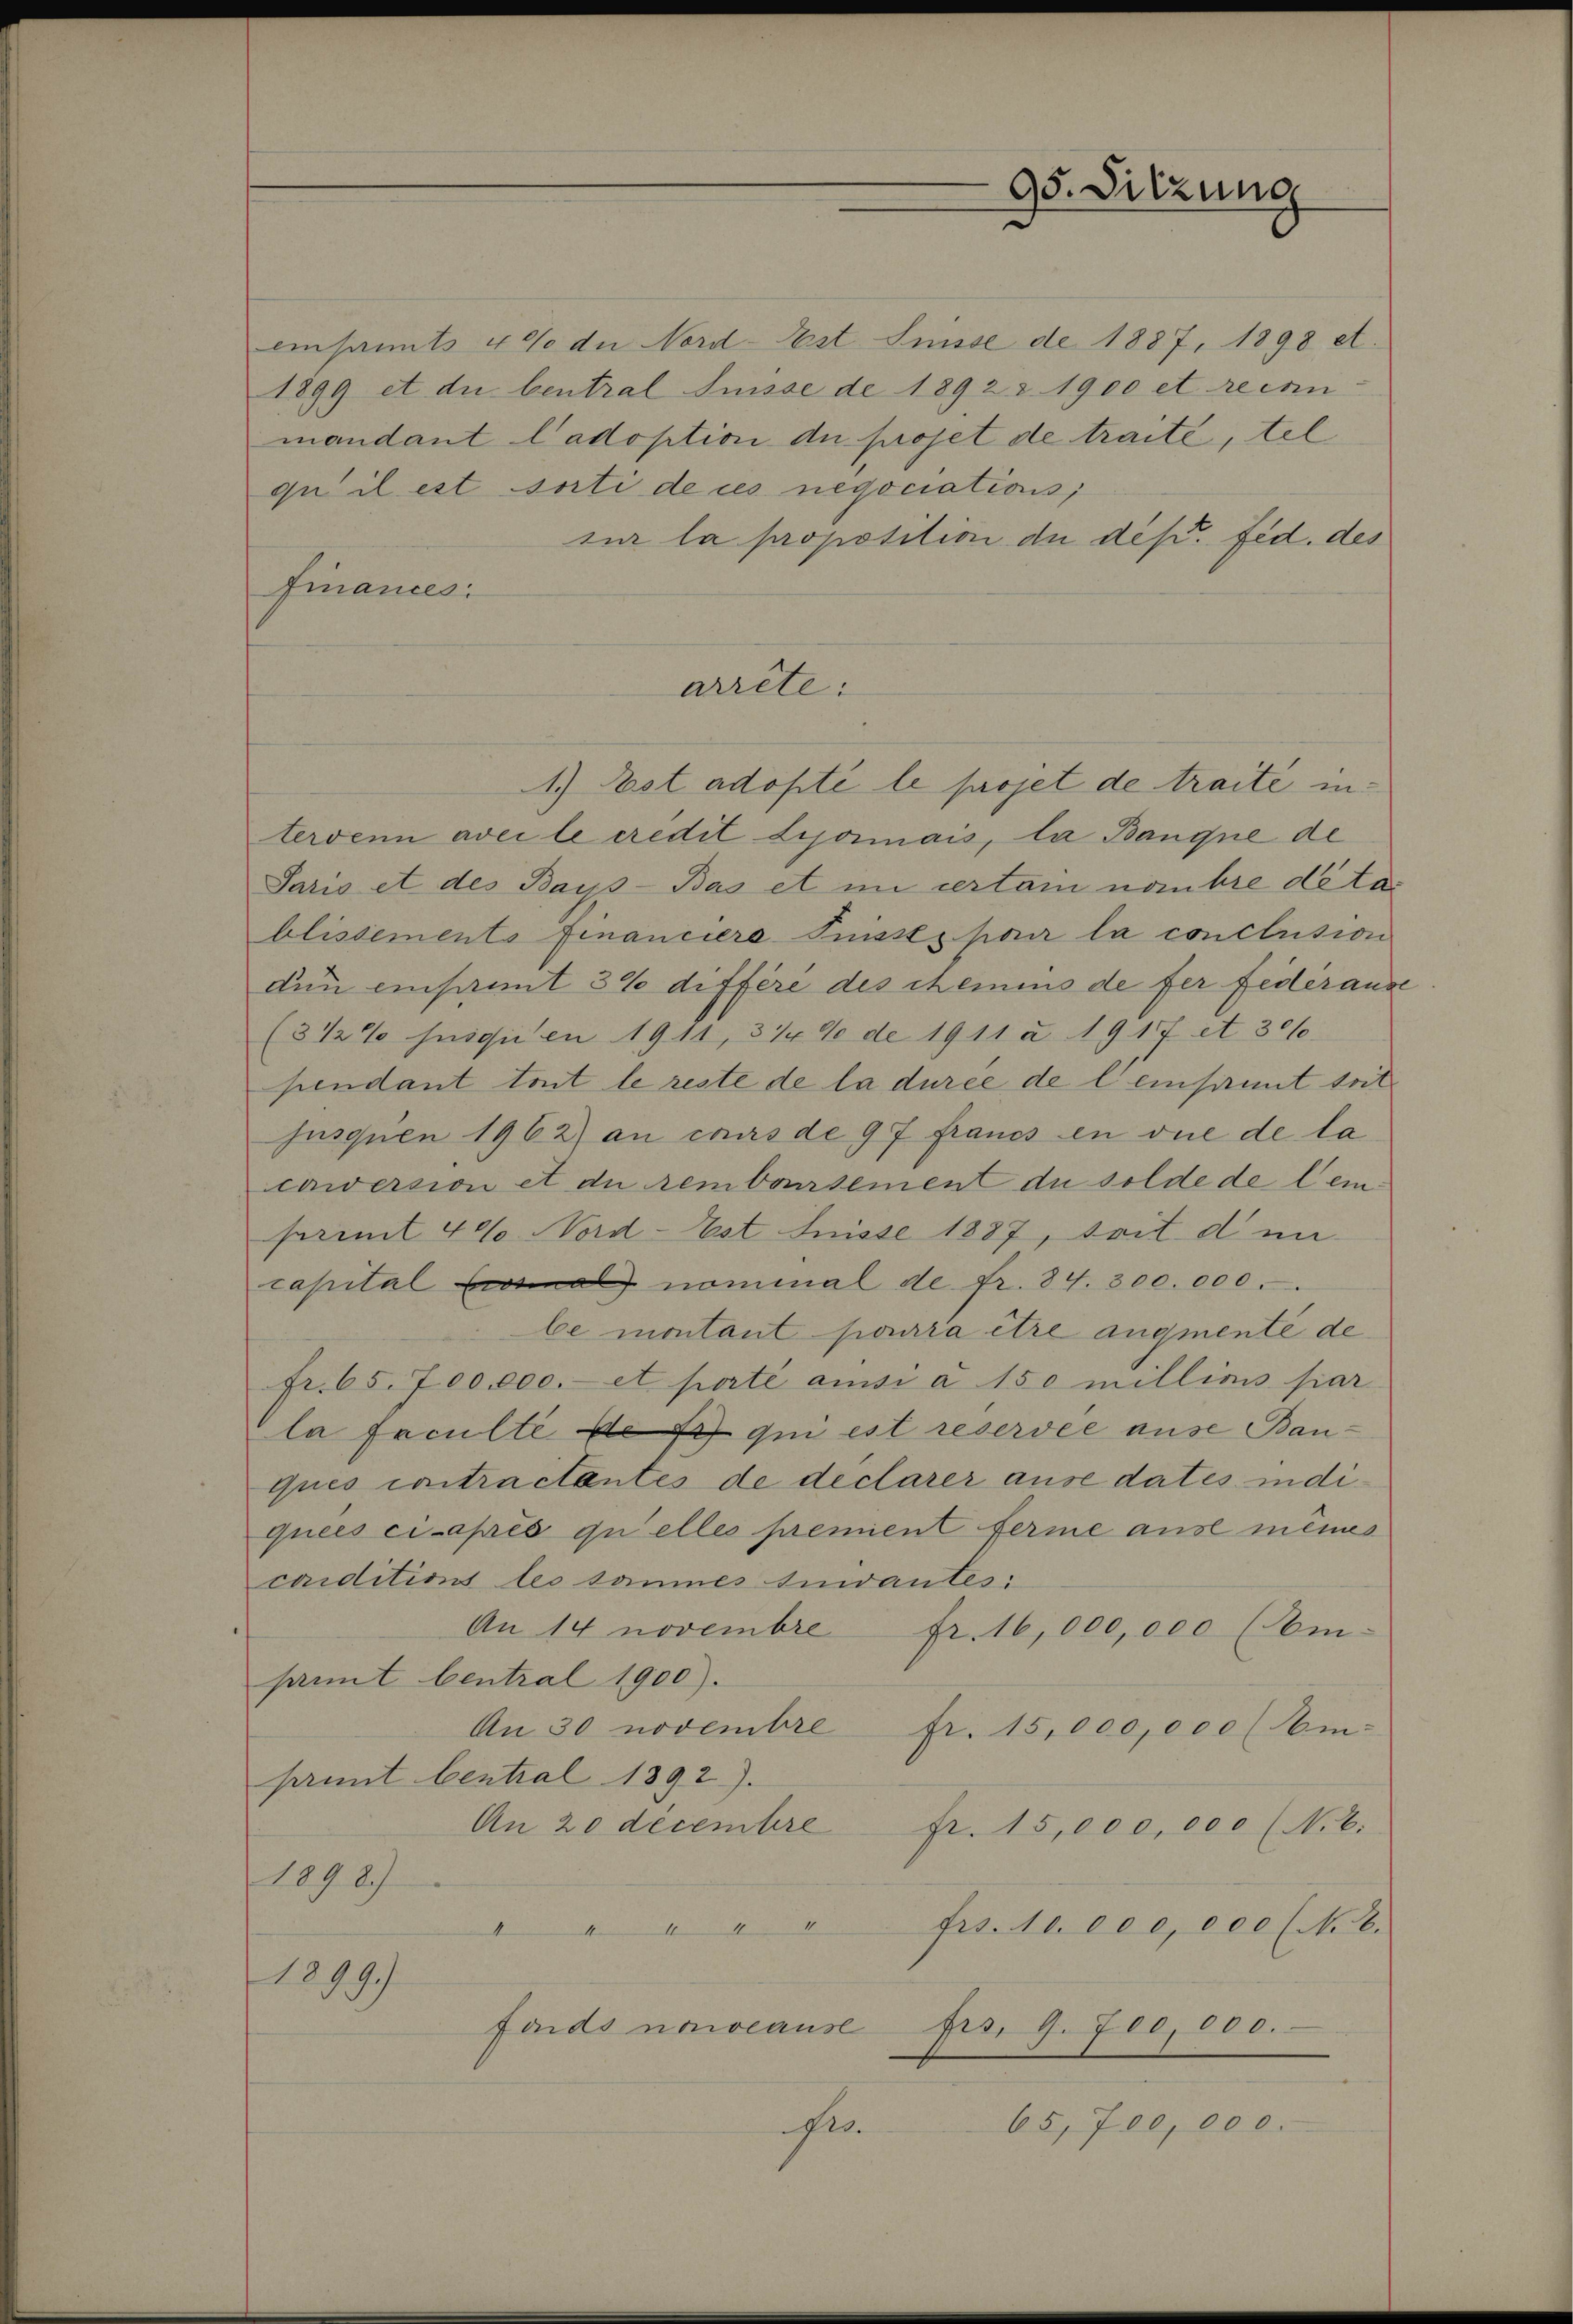
95. Sitzung

einsamts 400 du Nord-Est Suisse de 1887, 1898 et.
1899 et die Central Suisse de 1892 & 1900 et reisin
mandant l’adoption du projet de traite, tel
qu il est sorti de ces negociations;
sur la proposition de des Fed. des
Finances.
arrête:
1.) Ist adopté le projet de traite in
terden avec le credit Lipormais, la Banque de
Paris et des Bays-Bas et in certam nombre detai
blissements financiera Puisse par la conclusion
den einsamt 3% differe des chemins de fer federan
(3 1/2% jusquien 1911, 31 de de 1911 a 1917 et 306.
pendant tout le reste de la durée de l. einsammt soit
jusquen 1962) an cours de 97 francs en vue de la
awersion et du remboursement du solde de leifermit 400 Nord-Est Füsse 1887, Seit den
capital i nominal de fr. 84. 300.000.
be montant pourra être augmente de
fr. 65. 700,000. et porté ansi a 150 millions par
la faculté de qui est reservée ause Bau-
ques contractantes de declarer ause dates indiquées ci-après quelles premient ferme aus mêmes
caiditions les sammes suivantes,
An 14 novembre
Fr. 16,000,000 (Am
pit Central 1900).
An 30 novembre
fr. 15,000,000 (Ein-
prunt bentral 1892).
An 20 decembre fr. 15,000,000 (N. E:
1898)
frs. 10. 000, der (M. 16.
n angen ange
1299)
fonds nowcause
Frs. 9. 700,000.
65,700,000.
Pro.